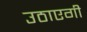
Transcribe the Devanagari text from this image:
उठाएगी